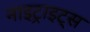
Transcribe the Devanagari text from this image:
नाइट्राइट्स